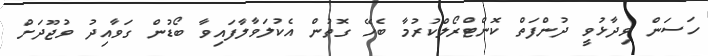
ހަސަން ވިދާޅުވީ ދުންފަތް ކޮންޓްރޯލްކުރުމާ ބެހޭ ގޮތުން އެކުލަވާލާފައިވާ ބޯޑުން ގަވާއިދު ވުޖޫދަށް